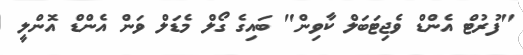
"ފުރުޓް އެންޑް ވެޖިޓަބަލް ކާވިން" ބައިގެ ގޯލް މެޑަލް ވަން އެންޑް އޮންލީ